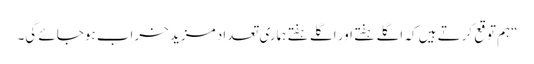
“ہم توقع کرتے ہیں کہ اگلے ہفتے اور اگلے ہفتے ہماری تعداد مزید خراب ہوجائے گی۔